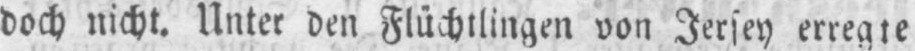
doch nicht. Unter den Flüchtlingen von Jersey erregte